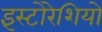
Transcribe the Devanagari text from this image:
इंस्टोरेशियो